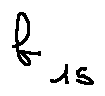
b _ { 1 5 }